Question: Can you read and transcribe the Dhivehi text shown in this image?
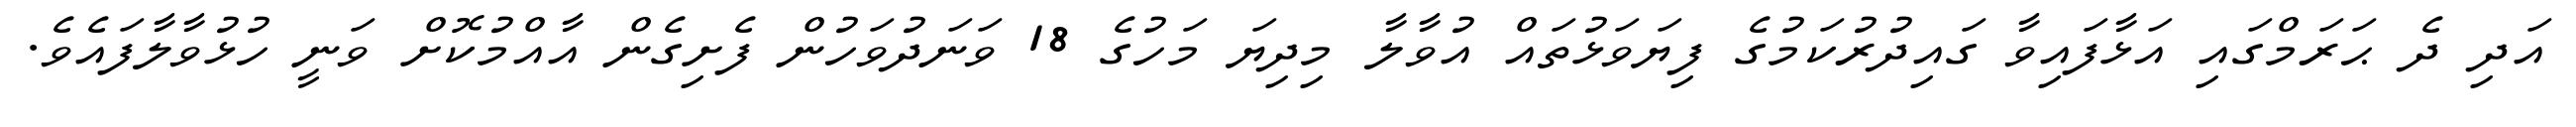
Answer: އަދި ދެ ޙަރަމްގައި އަޅާފައިވާ ގައިދުރުކަމުގެ ފިޔަވަޅުތައް އުވާލާ މިދިޔަ މަހުގެ 18 ވަނަދުވަހުން ފެށިގެން އާއްމުކޮށް ވަނީ ހުޅުވާލާފައެވެ.